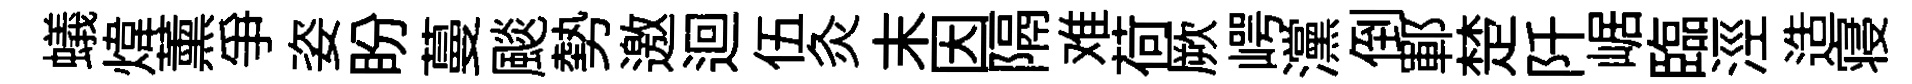
蟻煒薰爭姿盼蔓颷勢邀迴伍灸末因隔难荷厥崿灙倒鄆楚阡崌臨涇造寝